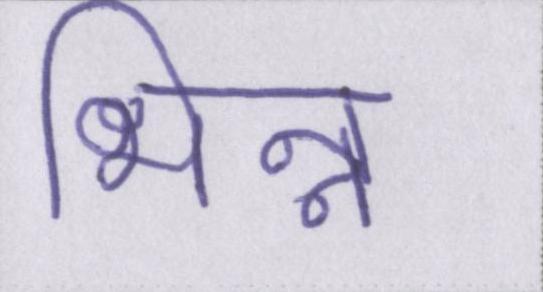
भिन्न